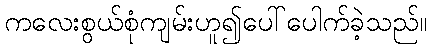
ကလေးစွယ်စုံကျမ်းဟူ၍ပေါ်ပေါက်ခဲ့သည်။